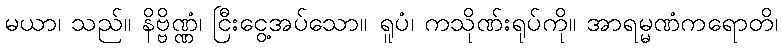
မယာ၊ သည်။ နိဗ္ဗိဏ္ဏံ၊ ငြီးငွေ့အပ်သော။ ရူပံ၊ ကသိုဏ်းရုပ်ကို။ အာရမ္မဏံကရောတိ၊